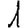
Digit: 1